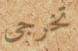
تخرجى